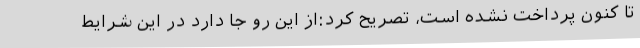
تا کنون پرداخت نشده است، تصریح کرد:از این رو جا دارد در این شرایط